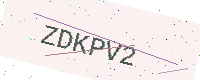
Text: ZDKPV2